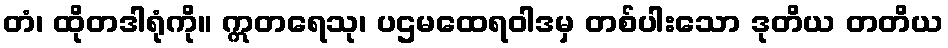
တံ၊ ထိုတဒါရုံကို။ ဣတရေသု၊ ပဌမထေရဝါဒမှ တစ်ပါးသော ဒုတိယ တတိယ